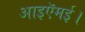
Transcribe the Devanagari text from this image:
आइऍमई।